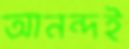
আনন্দই